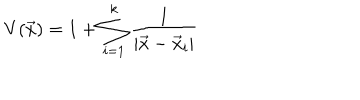
LaTeX: V ( \vec { x } ) = 1 + \sum _ { i = 1 } ^ { k } { \frac { 1 } { | \vec { x } - \vec { x } _ { i } | } }